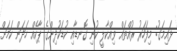
ޅައިމަގު: މިފަހަރު ރުއްތައް ވިއްކާލީ ކުނި ގޮނޑާއި ކުޑަކުދިންގެ ޕާކެއް ހަދަން ކަމަށް